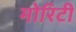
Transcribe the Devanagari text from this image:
मोरिटी